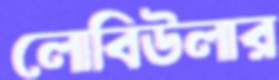
লোবিউলার